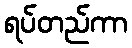
ရပ်တည်ကာ